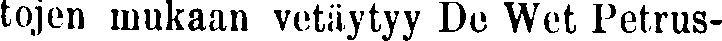
tojen mukaan vetäytyy De Wet Petrus-